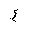
Letter: _ayn